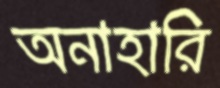
অনাহারি